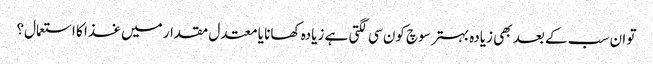
تو ان سب کے بعد بھی زیادہ بہتر سوچ کون سی لگتی ہے زیادہ کھانا یا معتدل مقدار میں غذا کا استعمال؟